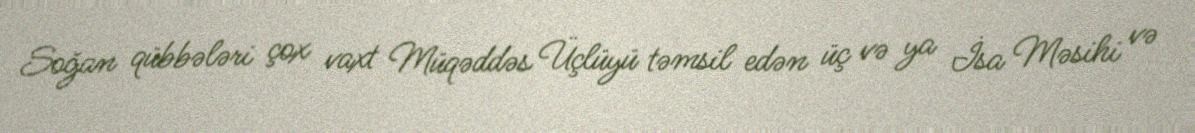
Soğan qübbələri çox vaxt Müqəddəs Üçlüyü təmsil edən üç və ya İsa Məsihi və